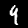
Digit: 4